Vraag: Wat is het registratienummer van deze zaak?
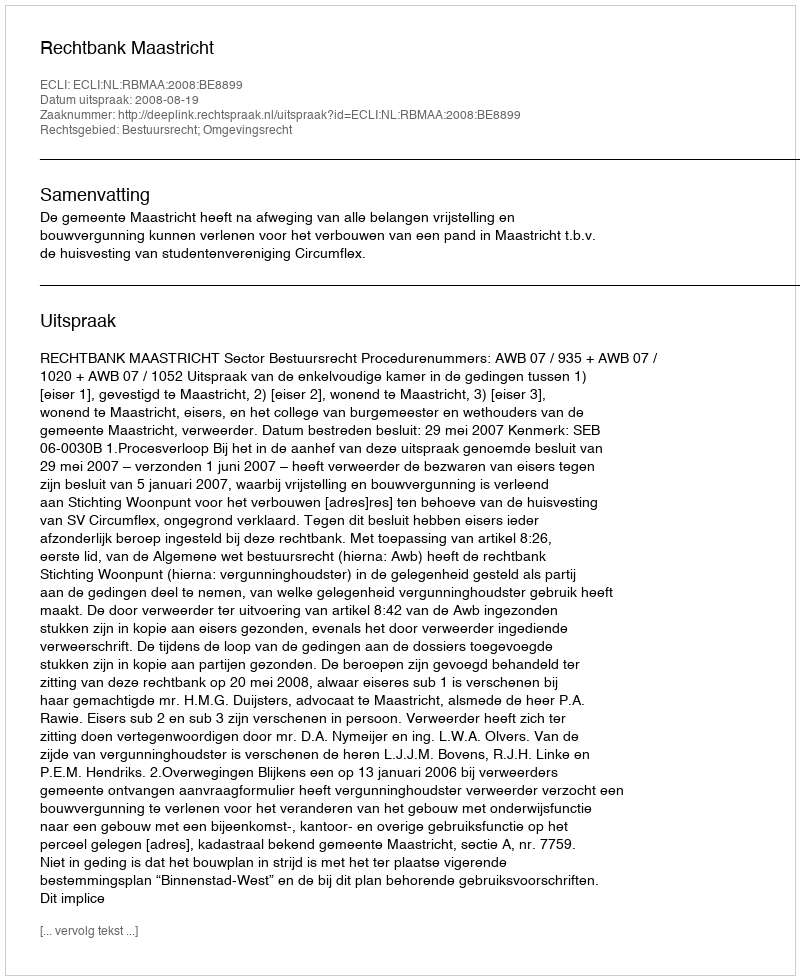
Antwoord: http://deeplink.rechtspraak.nl/uitspraak?id=ECLI:NL:RBMAA:2008:BE8899